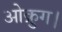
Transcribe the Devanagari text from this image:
ओक्रुग।